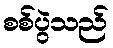
စစ်ပွဲသည်